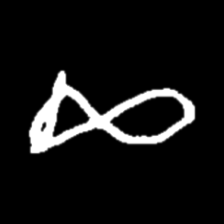
Pyu character \u2014 Myanmar letter: ဆ (romanized: cha)